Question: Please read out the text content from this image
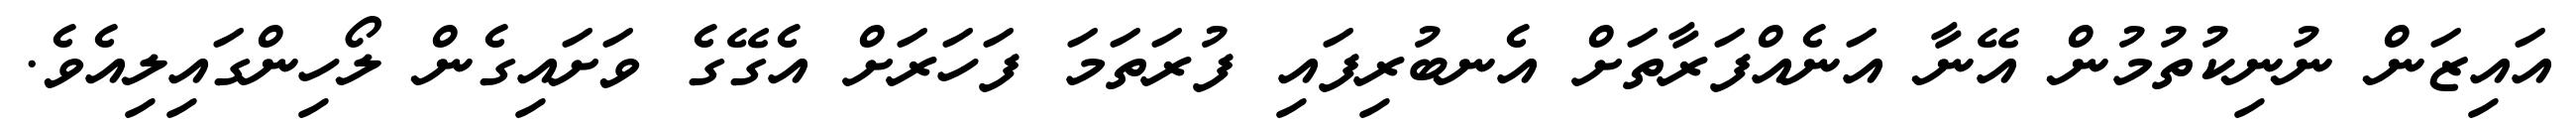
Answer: އައިޒަން ނުނިކުތުމުން އޭނާ އަނެއްފަރާތަށް އެނބުރިފައި ފުރަތަމަ ފަހަރަށް އެގޭގެ ވަށައިގެން ލޯހިންގައިލިއެވެ.